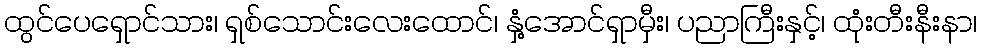
ထွင်ပေရှောင်သား၊ ရှစ်သောင်းလေးထောင်၊ နှံ့အောင်ရှာမှီး၊ ပညာကြီးနှင့်၊ ထုံးတီးနီးနာ၊